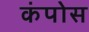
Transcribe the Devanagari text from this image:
कंपोस